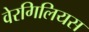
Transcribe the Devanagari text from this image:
वेरगिलियस